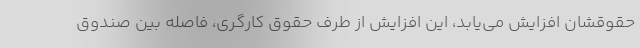
حقوقشان افزایش می‌یابد، این افزایش از طرف حقوق کارگری، فاصله بین صندوق